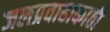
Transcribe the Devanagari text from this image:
जलप्रवाहाकाठी